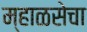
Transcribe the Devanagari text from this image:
म्हाळसेचा